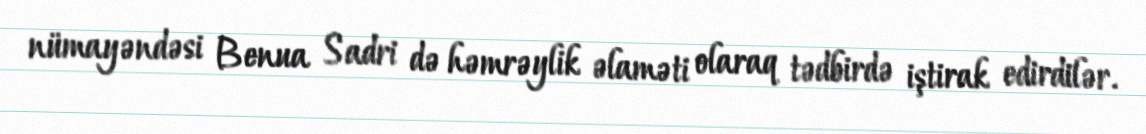
nümayəndəsi Benua Sadri də həmrəylik əlaməti olaraq tədbirdə iştirak edirdilər.